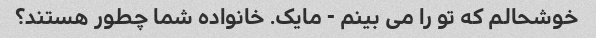
خوشحالم که تو را می بینم - مایک. خانواده شما چطور هستند؟